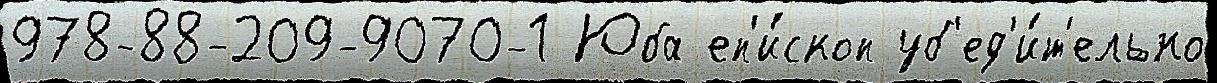
978-88-209-9070-1 Юба еп'и́скоп уб'ед'и́т'ельно